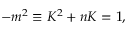
- m ^ { 2 } \equiv K ^ { 2 } + n K = 1 ,